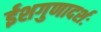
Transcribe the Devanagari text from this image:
ईशगुणादर्शः